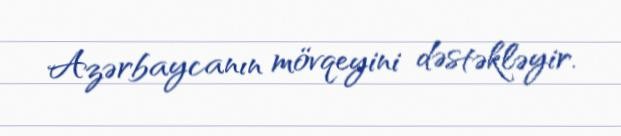
Azərbaycanın mövqeyini dəstəkləyir.